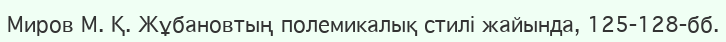
Миров М. Қ. Жұбановтың полемикалық стилі жайында, 125-128-бб.